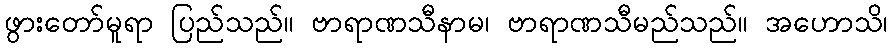
ဖွားတော်မူရာ ပြည်သည်။ ဗာရာဏသီနာမ၊ ဗာရာဏသီမည်သည်။ အဟောသိ၊